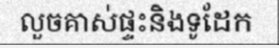
លួចគាស់ផ្ទះនិងទូដែក